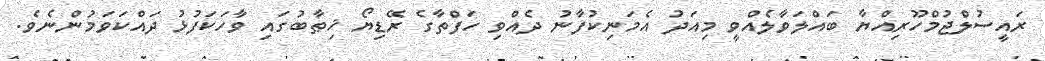
ރައީސުލްޖުމްހޫރިއްޔާ ބައްލަވާލެއްވީ މިއަދު އެމަނިކުފާނު ދެއްވި ހަފްތާގެ ރޭޑިޔޯ ޚިޠާބުގައި ވާހަކަފުޅު ދައްކަވަމުންނެވެ.